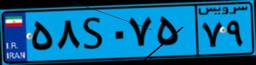
۵۸S۰۷۵۷۹